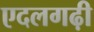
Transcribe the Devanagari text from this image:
एदलगढ़ी